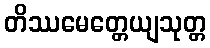
တိဿမေတ္တေယျသုတ္တ